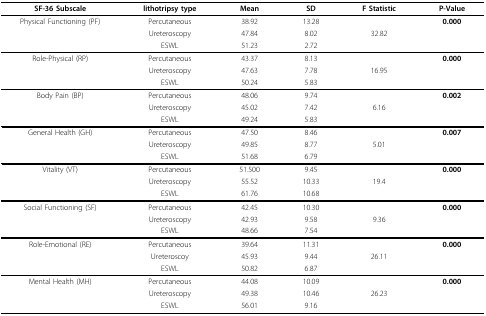
<table><thead><tr><td><b>SF-36 Subscale</b></td><td><b>lithotripsy type</b></td><td><b>Mean</b></td><td><b>SD</b></td><td><b>F Statistic</b></td><td><b>P-Value</b></td></tr></thead><tbody><tr><td>Physical Functioning (PF)</td><td>Percutaneous</td><td>38.92</td><td>13.28</td><td></td><td><b>0.000</b></td></tr><tr><td></td><td>Ureteroscopy</td><td>47.84</td><td>8.02</td><td>32.82</td><td></td></tr><tr><td></td><td>ESWL</td><td>51.23</td><td>2.72</td><td></td><td></td></tr><tr><td>Role-Physical (RP)</td><td>Percutaneous</td><td>43.37</td><td>8.13</td><td></td><td><b>0.000</b></td></tr><tr><td></td><td>Ureteroscopy</td><td>47.63</td><td>7.78</td><td>16.95</td><td></td></tr><tr><td></td><td>ESWL</td><td>50.24</td><td>5.83</td><td></td><td></td></tr><tr><td>Body Pain (BP)</td><td>Percutaneous</td><td>48.06</td><td>9.74</td><td></td><td><b>0.002</b></td></tr><tr><td></td><td>Ureteroscopy</td><td>45.02</td><td>7.42</td><td>6.16</td><td></td></tr><tr><td></td><td>ESWL</td><td>49.24</td><td>5.83</td><td></td><td></td></tr><tr><td>General Health (GH)</td><td>Percutaneous</td><td>47.50</td><td>8.46</td><td></td><td><b>0.007</b></td></tr><tr><td></td><td>Ureteroscopy</td><td>49.85</td><td>8.77</td><td>5.01</td><td></td></tr><tr><td></td><td>ESWL</td><td>51.68</td><td>6.79</td><td></td><td></td></tr><tr><td>Vitality (VT)</td><td>Percutaneous</td><td>51.500</td><td>9.45</td><td></td><td><b>0.000</b></td></tr><tr><td></td><td>Ureteroscopy</td><td>55.52</td><td>10.33</td><td>19.4</td><td></td></tr><tr><td></td><td>ESWL</td><td>61.76</td><td>10.68</td><td></td><td></td></tr><tr><td>Social Functioning (SF)</td><td>Percutaneous</td><td>42.45</td><td>10.30</td><td></td><td><b>0.000</b></td></tr><tr><td></td><td>Ureteroscopy</td><td>42.93</td><td>9.58</td><td>9.36</td><td></td></tr><tr><td></td><td>ESWL</td><td>48.66</td><td>7.54</td><td></td><td></td></tr><tr><td>Role-Emotional (RE)</td><td>Percutaneous</td><td>39.64</td><td>11.31</td><td></td><td><b>0.000</b></td></tr><tr><td></td><td>Ureteroscoy</td><td>45.93</td><td>9.44</td><td>26.11</td><td></td></tr><tr><td></td><td>ESWL</td><td>50.82</td><td>6.87</td><td></td><td></td></tr><tr><td>Mental Health (MH)</td><td>Percutaneous</td><td>44.08</td><td>10.09</td><td></td><td><b>0.000</b></td></tr><tr><td></td><td>Ureteroscopy</td><td>49.38</td><td>10.46</td><td>26.23</td><td></td></tr><tr><td></td><td>ESWL</td><td>56.01</td><td>9.16</td><td></td><td></td></tr></tbody></table>